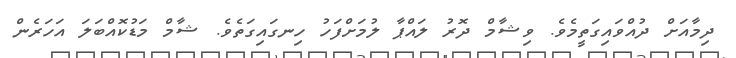
ދިމާއަށް ދުއްވައިގަތީމެވެ. ވިޝާމް ދޮރު ލައްޕާ ލުމަށްފަހު ހިނގައިގަތެވެ. ޝާމް މަޑުކޮއްބަލަ އަހަރެން